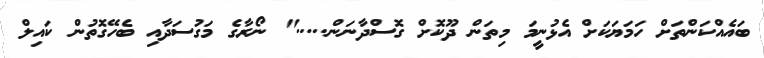
ބައެއްކަންތަށް ހަމަޔަކަށް އެޅުނީމަ މިތަން ދޫކޮށް ގޮސްދާނަން....." ނޯރާގެ މަގުސަދާއި ބެހޭގޮތުން ކައިލް